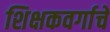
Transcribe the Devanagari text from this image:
शिक्षकवर्गाचे